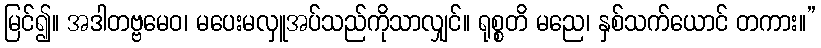
မြင်၍။ အဒါတဗ္ဗမေဝ၊ မပေးမလှူအပ်သည်ကိုသာလျှင်။ ရုစ္စတိ မညေ၊ နှစ်သက်ယောင် တကား။”